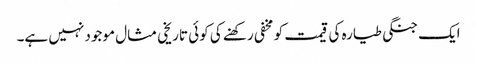
ایک جنگی طیارہ کی قیمت کو مخفی رکھنے کی کوئی تاریخی مثال موجود نہیں ہے۔